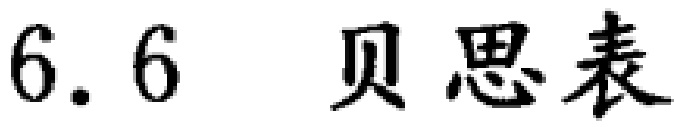
$6.6\  \text{贝思表}$